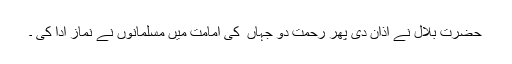
حضرت بلال نے اذان دی پھر رحمتِ دو جہاں ۖ کی امامت میں مسلمانوں نے نماز ادا کی ۔